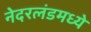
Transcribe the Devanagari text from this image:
नेदरलंडमध्ये